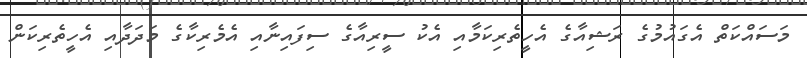
މަސައްކަތް އެގައުމުގެ ރަޝިއާގެ އެހީތެރިކަމާއި އެކު ސީރިއާގެ ސިފައިނާއި އެމެރިކާގެ މަދަދާއި އެހީތެރިކަން